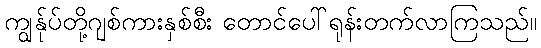
ကျွန်ုပ်တို့ဂျစ်ကားနှစ်စီး တောင်ပေါ်ရုန်းတက်လာကြသည်။